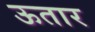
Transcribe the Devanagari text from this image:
ऊतार